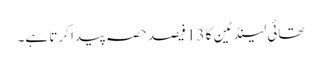
تھائی لینڈ ٹین کا 13 فیصد حصہ پیدا کرتا ہے۔